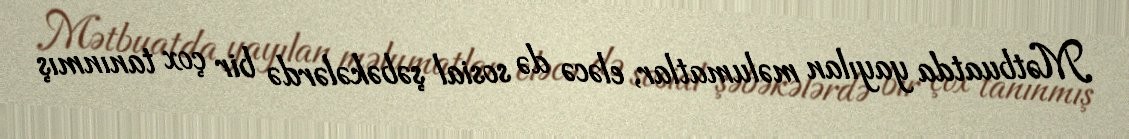
Mətbuatda yayılan məlumatlar, eləcə də sosial şəbəkələrdə bir çox tanınmış